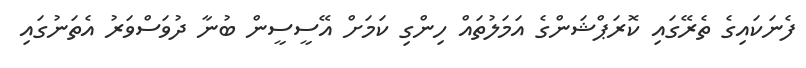
ފެނަކައިގެ ތެރޭގައި ކޮރަޕްޝަންގެ އަމަލުތައް ހިންގި ކަމަށް އޭސީސީން ބުނާ ދުވަސްވަރު އެތަނުގައި